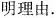
明理由.